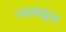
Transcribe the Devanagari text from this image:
व्यबह्वत